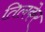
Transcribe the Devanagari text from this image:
तिलकेर